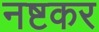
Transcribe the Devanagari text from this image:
नष्टकर